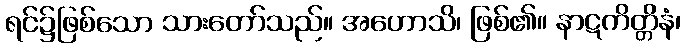
ရင်၌ဖြစ်သော သားတော်သည်။ အဟောသိ၊ ဖြစ်၏။ နာဋကိတ္တိနံ၊